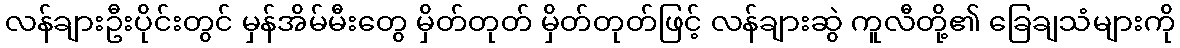
လန်ချားဦးပိုင်းတွင် မှန်အိမ်မီးတွေ မှိတ်တုတ် မှိတ်တုတ်ဖြင့် လန်ချားဆွဲ ကူလီတို့၏ ခြေချသံများကို